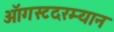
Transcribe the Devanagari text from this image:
ऑगस्टदरम्यान